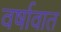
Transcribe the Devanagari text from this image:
वर्षावात